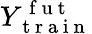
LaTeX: Y_{\mathrm{~t~r~a~i~n~}}^{\mathrm{~f~u~t~}}